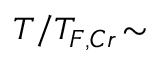
T / T _ { F , C r } \! \sim